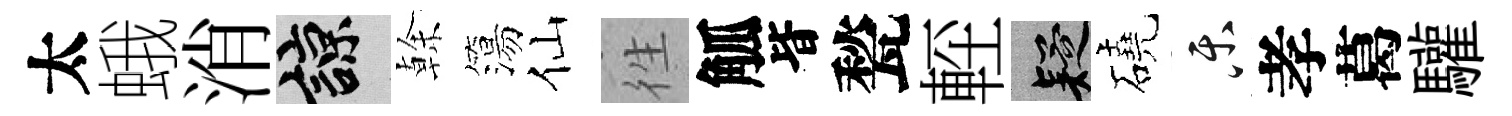
太蛾消諒𠏉簜仙徃觚𣅜甃䡖疑磽乐孝葛驩